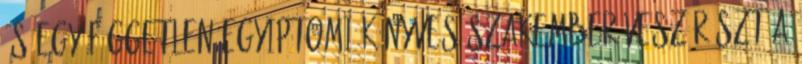
és egy független egyiptomi könyves szakember vesz részt a